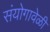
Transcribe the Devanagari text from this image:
संयोगावेळी